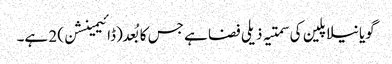
گویا نیلا پلین کی سمتیہ ذیلی فضا ہے جس کا بُعد (ڈائیمینشن) 2 ہے۔